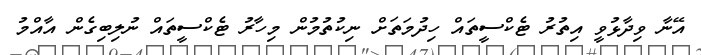
އޭނާ ވިދާޅުވީ އިތުރު ޓެކްސީތައް ހިދުމަތަށް ނިކުތުމުން މިހާރު ޓެކްސީތައް ނުލިބިގެން އާއްމު